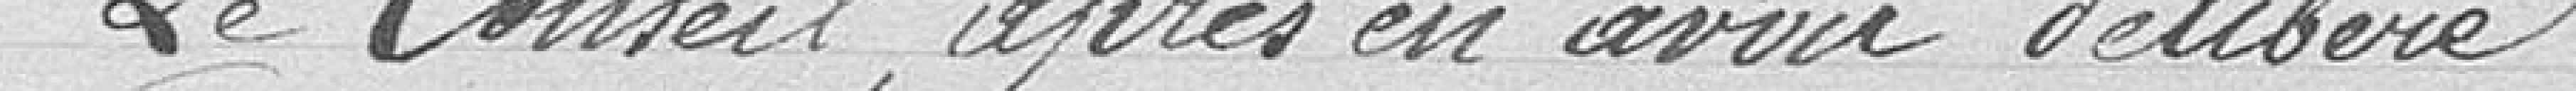
Le Conseil, après en avoir délibéré :